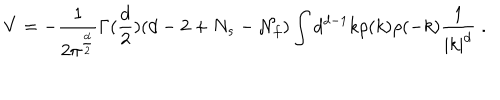
LaTeX: V = - { \frac { 1 } { 2 \pi ^ { \frac { d } { 2 } } } } \Gamma ( { \frac { d } { 2 } } ) ( d - 2 + N _ { s } - { \cal N } _ { f } ) \int d ^ { d - 1 } k \rho ( k ) \rho ( - k ) { \frac { 1 } { | k | ^ { d } } } \; .